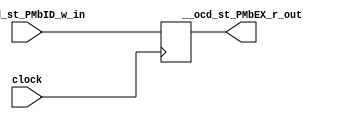

// File generated by Go version U-2022.12#33f3808fcb#221128, Thu Jan 25 16:08:15 2024
// Copyright 2014-2022 Synopsys, Inc. All rights reserved.
// go -I../lib -F -DSYNTHESIS_NO_UNGROUP -D__tct_patch__=0 -Verilog -otrv32p3_cnn_vlog -cgo_options.cfg -Itrv32p3_cnn_vlog/tmp_pdg -updg -updg_controller trv32p3_cnn



`timescale 1ns/1ps

// module pipe___ocd_st_PMbEX : pipe___ocd_st_PMbEX
module pipe___ocd_st_PMbEX
  ( input  clock,
    input  __ocd_st_PMbID_w_in, // bool
    output __ocd_st_PMbEX_r_out // bool
  );


  reg pipe_val___ocd_st_PMbEX_r_out;

  assign __ocd_st_PMbEX_r_out = pipe_val___ocd_st_PMbEX_r_out;


  always @ (posedge clock)
  begin : p_pipe___ocd_st_PMbEX
    // (_pipe__ocd_st_PMbID_EX)
    pipe_val___ocd_st_PMbEX_r_out <= __ocd_st_PMbID_w_in;

  end
endmodule